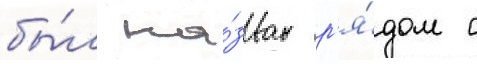
бы́л на́зван р'я́дом с